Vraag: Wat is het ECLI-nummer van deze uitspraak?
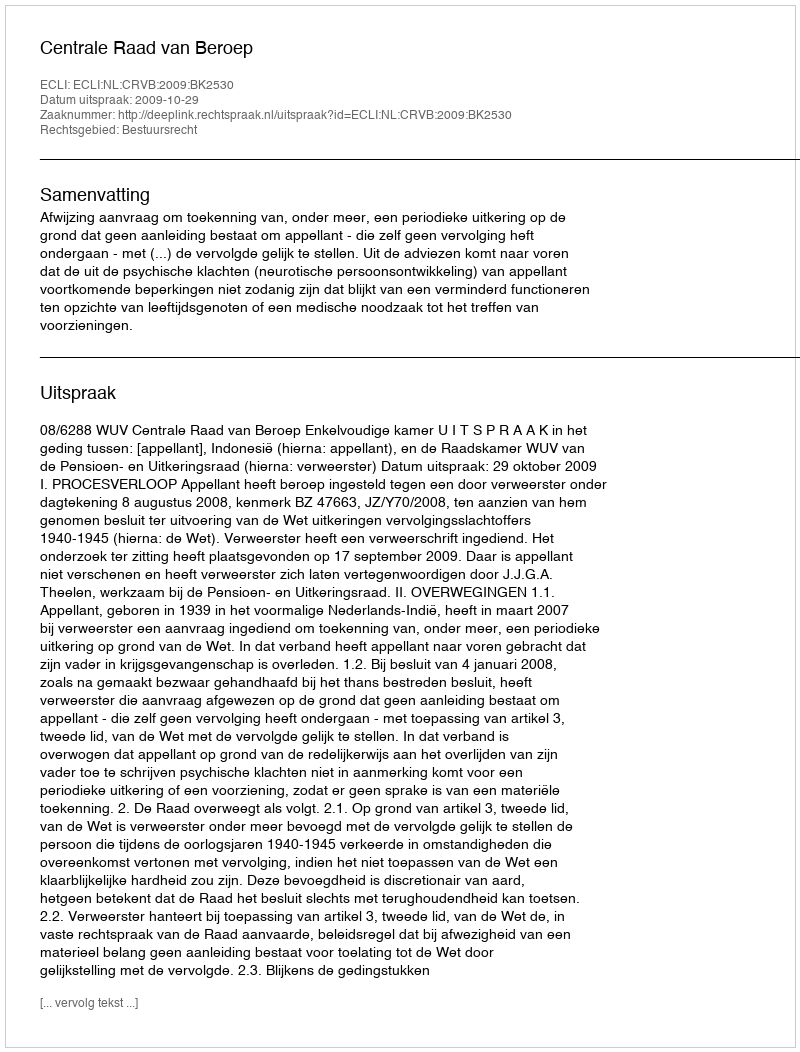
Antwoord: ECLI:NL:CRVB:2009:BK2530